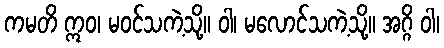
ကမတိ ဣဝ၊ မဝင်သကဲ့သို့။ ဝါ၊ မလောင်သကဲ့သို့။ အဂ္ဂိ ဝါ၊